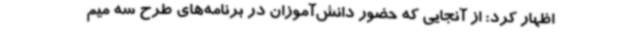
اظهار کرد: از آنجایی که حضور دانش‌آموزان در برنامه‌های طرح سه میم